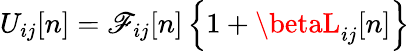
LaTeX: U_{ij}[n]=\mathscr{F}_{ij}[n]\left\{ 1+\betaL_{ij}[n]\right\}